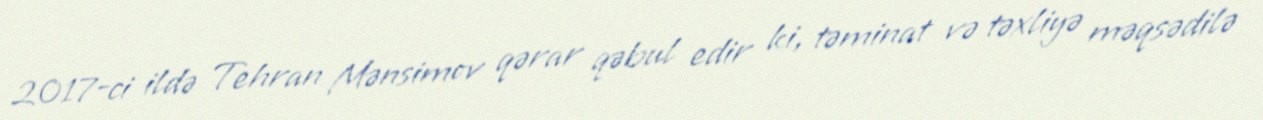
2017-ci ildə Tehran Mənsimov qərar qəbul edir ki, təminat və təxliyə məqsədilə